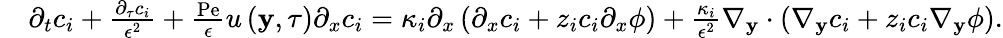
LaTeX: \begin{array}{rl}&{\partial_{t}c_{i}+\frac{\partial_{\tau}c_{i}}{\epsilon^{2}}+\frac{\mathrm{Pe}}{\epsilon}u\left(\mathbf{y},\tau\right)\partial_{x}c_{i}=\kappa_{i}\partial_{x}\left(\partial_{x}c_{i}+z_{i}c_{i}\partial_{x}\phi\right)+\frac{\kappa_{i}}{\epsilon^{2}}\nabla_{\mathbf{y}}\cdot\left(\nabla_{\mathbf{y}}c_{i}+z_{i}c_{i}\nabla_{\mathbf{y}}\phi\right).}\end{array}